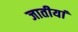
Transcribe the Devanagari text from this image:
जातीयां